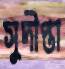
সুদীপ্তা